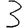
Digit: 3